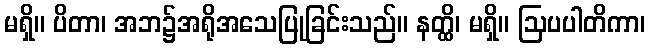
မရှိ။ ပိတာ၊ အဘ၌အရိုအသေပြုခြင်းသည်။ နတ္ထိ၊ မရှိ။ ဩပပါတိကာ၊